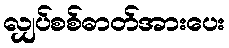
လျှပ်စစ်ဓာတ်အားပေး